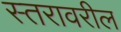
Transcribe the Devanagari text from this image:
स्‍तरावरील